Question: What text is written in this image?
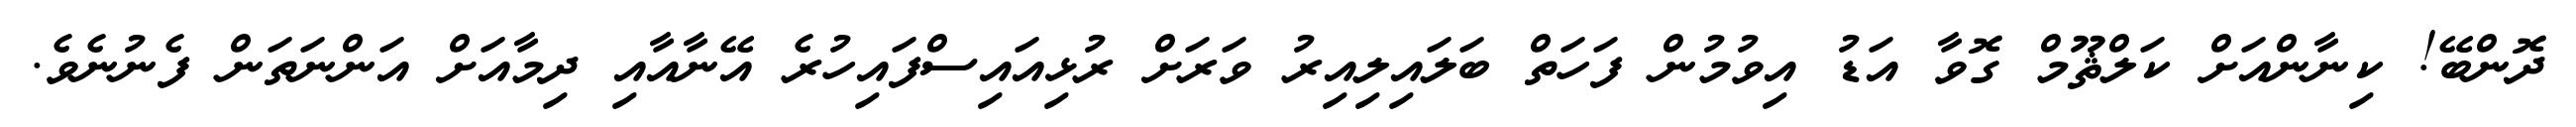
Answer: ދޮންބޭ! ކިނާންއަށް ކަލްޘޫމް ގޮވާ އަޑު އިވުމުން ފަހަތް ބަލައިލިއިރު ވަރަށް ރުޅިއައިސްފައިހުރެ އޭނާއާއި ދިމާއަށް އަންނަތަން ފެނުނެވެ.